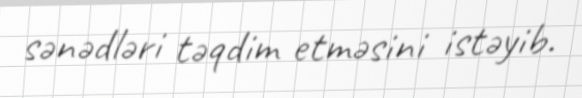
sənədləri təqdim etməsini istəyib.